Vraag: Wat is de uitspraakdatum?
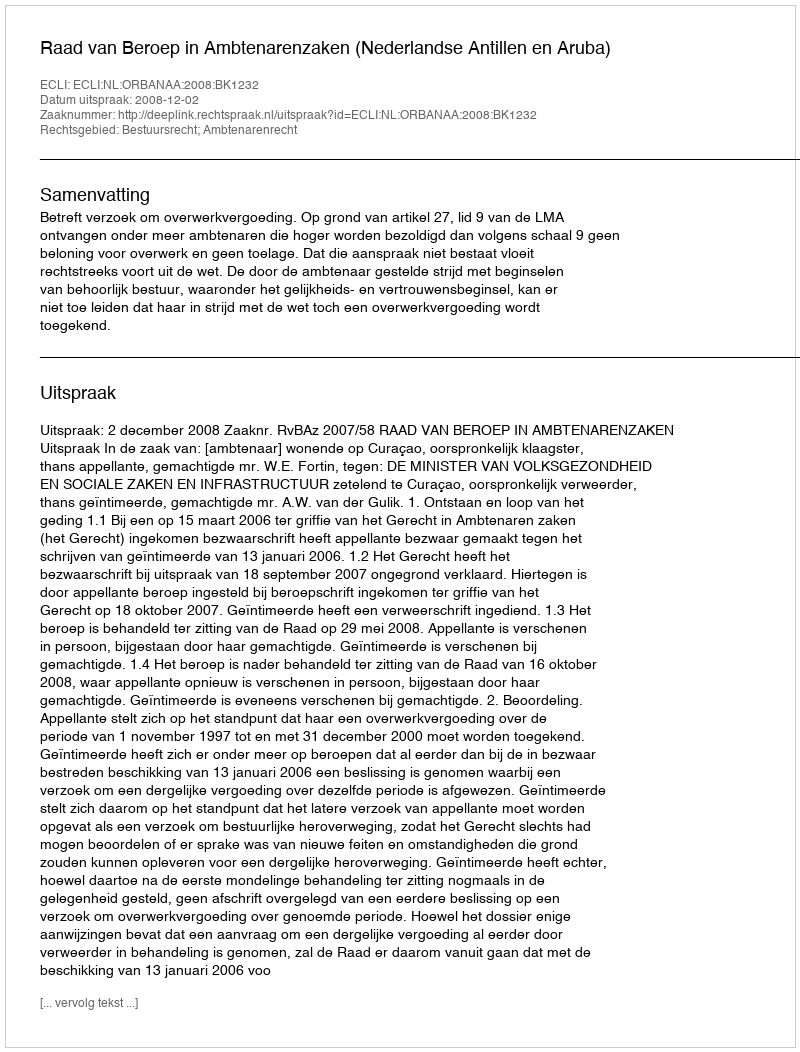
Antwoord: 2008-12-02